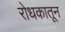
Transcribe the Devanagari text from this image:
रोधकातून